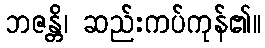
ဘဇန္တိ၊ ဆည်းကပ်ကုန်၏။